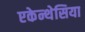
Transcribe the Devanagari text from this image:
एकेन्थेसिया